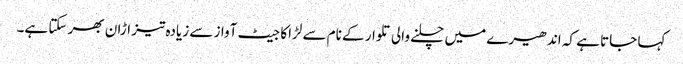
کہا جاتا ہے کہ اندھیرے میں چلنے والی تلوار کے نام سے لڑاکا جیٹ آواز سے زیادہ تیز اڑان بھر سکتا ہے۔